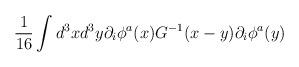
LaTeX: \begin{align*}{1\over 16}\int d^{3}xd^{3}y\partial_i\phi^a(x)G^{-1}(x-y)\partial_i\phi^a(y)\end{align*}